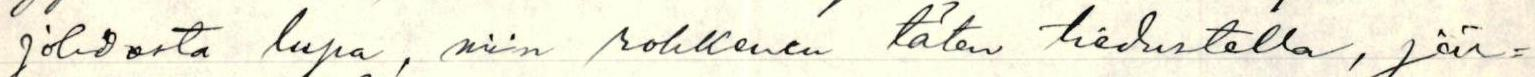
johdosta lupa, niin rohkenen täten tiedustella, jär=